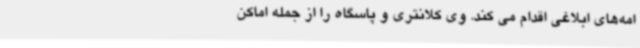
امه‌های ابلاغی اقدام می کند. وی کلانتری و پاسگاه را از جمله اماکن